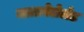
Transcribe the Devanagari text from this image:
माताबेलेलँड